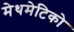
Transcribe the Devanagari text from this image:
मेथमेटिको